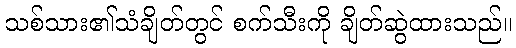
သစ်သား၏သံချိတ်တွင် စက်သီးကို ချိတ်ဆွဲထားသည်။